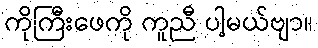
ကိုကြီးဖေကို ကူညီ ပါ့မယ်ဗျာ။